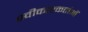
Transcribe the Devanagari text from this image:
स्वीकारकर्ताओं